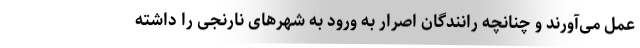
عمل می‌آورند و چنانچه رانندگان اصرار به ورود به شهرهای نارنجی را داشته